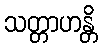
သတ္တာဟန္တိ